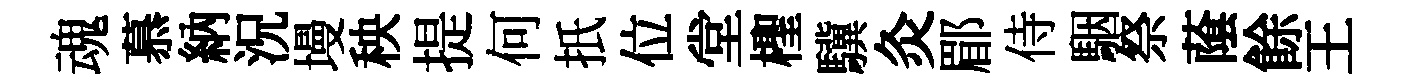
魂慕納況墁秧提何扺位堂檉驥灸郿侍駰祭䕃餘王